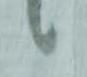
々